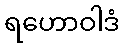
ရဟောဝါဒံ